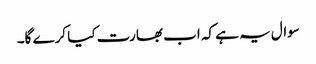
سوال یہ ہے کہ اب بھارت کیا کرے گا۔